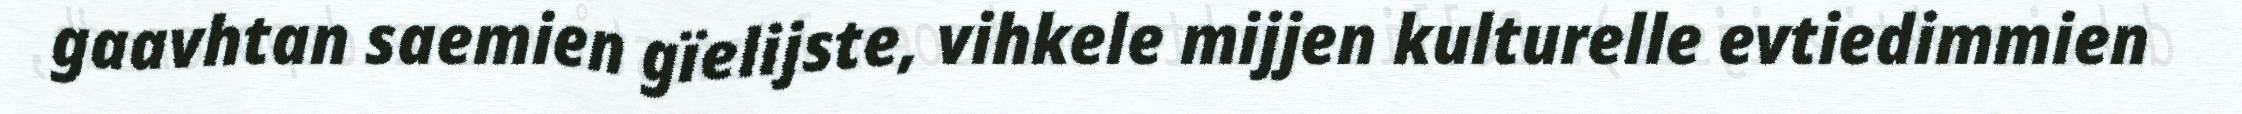
gaavhtan saemien gïelijste, vihkele mijjen kulturelle evtiedimmien